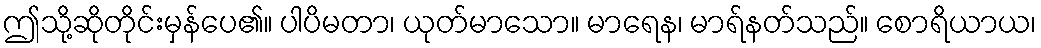
ဤသို့ဆိုတိုင်းမှန်ပေ၏။ ပါပိမတာ၊ ယုတ်မာသော။ မာရေန၊ မာရ်နတ်သည်။ စောရိယာယ၊